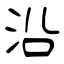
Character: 沿